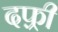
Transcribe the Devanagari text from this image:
दफ़्री